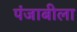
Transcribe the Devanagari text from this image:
पंजाबीला